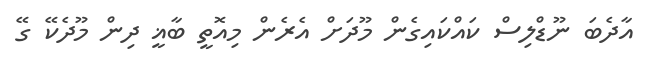
އާދެބަ ނޫޑްލިސް ކައްކައިގެން މޫދަށް އެރެން މިއޮތީ ބާޣީ ދިން މޫދެކޭ ގޭ